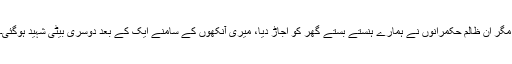
مگر ان ظالم حکمرانوں نے ہمارے ہنستے بستے گھر کو اجاڑ دیا، میری آنکھوں کے سامنے ایک کے بعد دوسری بیٹی شہید ہوگئی۔